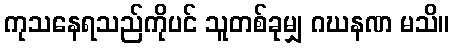
ကုသနေရသည်ကိုပင် သူတစ်ခုမျှ ဂဃနဏ မသိ။